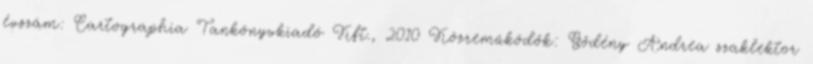
évszám: Cartographia Tankönyvkiadó Kft., 2010 Közreműködők: Gődény Andrea szaklektor